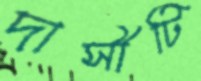
দাসীটি